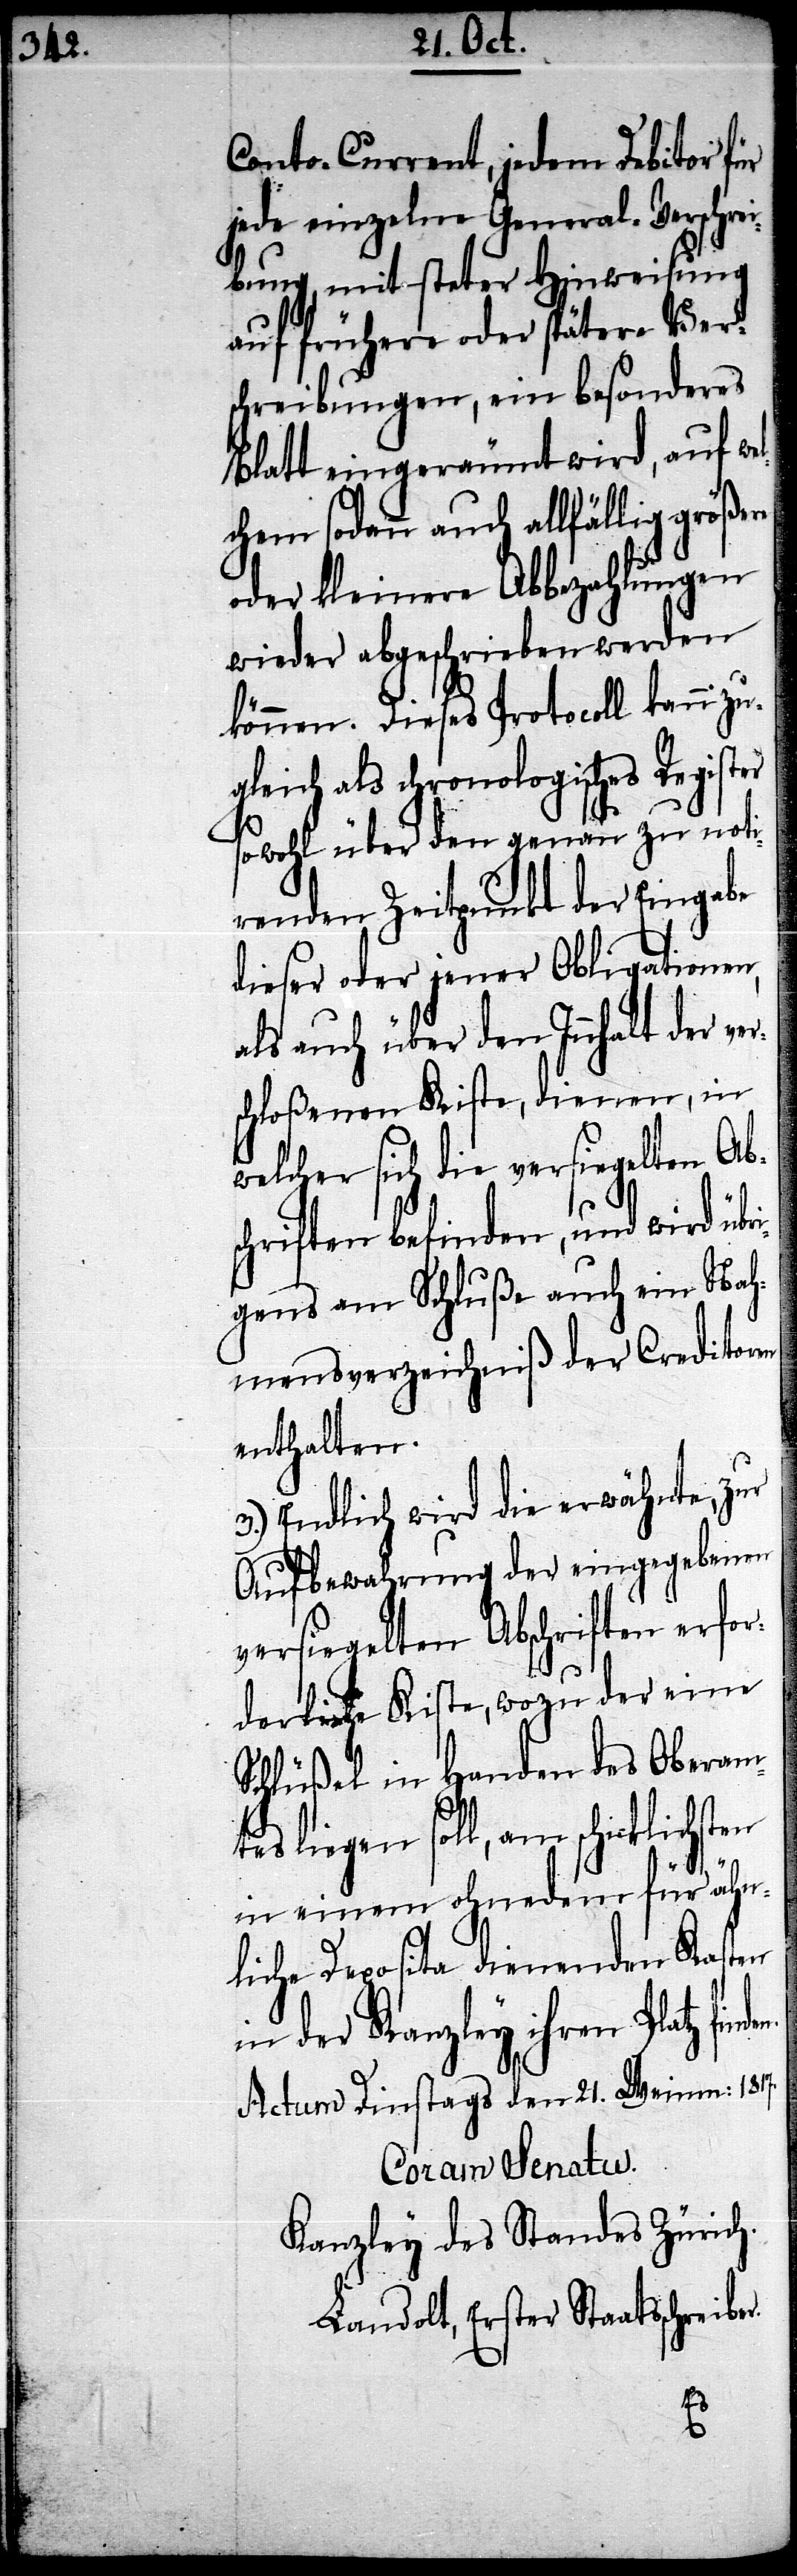
en

Conto-Current, jedem Debitor für
jede einzelne General-Verschrei¬
bung, mit steter Hinweisung
auf frühere oder spätere Ver¬
schreibungen, ein besonders
Blatt eingeräumt wird, auf we¬
lchem sodann auch allfällig größe¬
oder kleinere Abbezahlungen
wieder abgeschrieben werden
können. Dieses Protocoll kann zu¬
gleich als chronologisches
sowohl über den genau zu noti¬
renden Zeitpunkt der Eingabe
dieser oder jener Obligationen,
als auch über den Innhalt der ve¬
schloßenen Kiste, dienen, in
welcher sich die versiegelten Ab¬
schriften befinden, und wird übr¬
igens am Schluße auch ein Nah¬
mensverzeichniß der Creditoren
enthalten.
3.) Endlich wird die erwähnte, zur
Aufbewahrung der eingegebenen
versiegelten Abschriften erfor¬
derliche Kiste, wozu der eine
Schlüßel in Handen des Oberam¬
tes liegen soll, am schicklichst¬
in einem ohnedem für ähn¬
liche Deposita dienenden Kasten
in der Kanzley ihren Platz
Actum Dinstags den 21. Weinm: 1817.
Coram Senatu.
Kanzley des Standes Zürich.
Landolt, Erster Staatsschreiber.